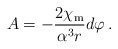
\begin{align*}A=-\frac{2 \chi_{\rm m}}{\alpha^3 r} d\varphi \:. \end{align*}